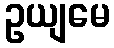
ဥယျမေ